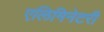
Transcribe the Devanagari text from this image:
एलिमिनेटरी